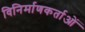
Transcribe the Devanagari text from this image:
विनिर्माणकर्ताओं